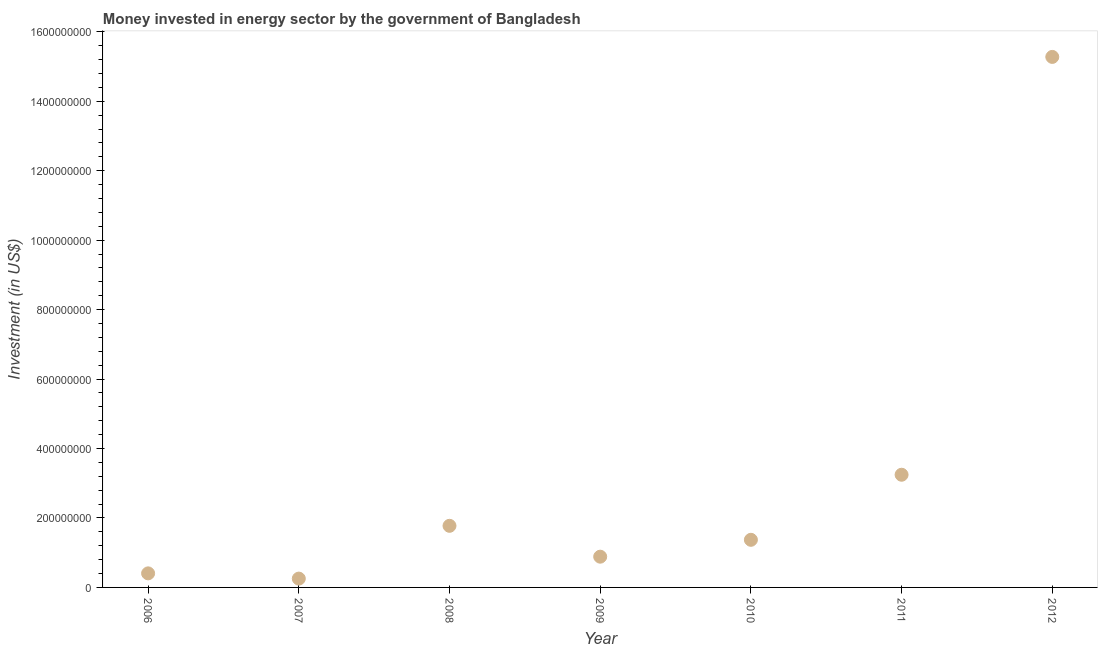
| Year | Investment in energy with private participation (current US$) |
 | --- | --- |
 | 2006 | 4.05e+07 |
 | 2007 | 2.54e+07 |
 | 2008 | 1.77e+08 |
 | 2009 | 8.85e+07 |
 | 2010 | 1.37e+08 |
 | 2011 | 3.25e+08 |
 | 2012 | 1.53e+09 |